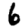
Digit: 6